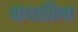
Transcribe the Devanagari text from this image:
पाथर्डीला